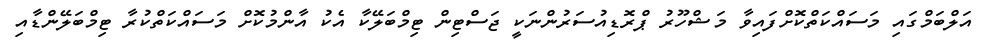
އަލްބަމްގައި މަސައްކަތްކޮށްފައިވާ މަޝްހޫރު ޕްރޮޑިއުސަރުންނަކީ ޖަސްޓިން ޓިމްބަލޭކާ އެކު އާންމުކޮށް މަސައްކަތްކުރާ ޓިމްބަލޭންޑާއި